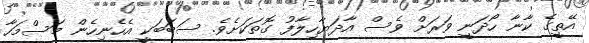
އޭތީގެ ކާނާ ހޯދަނީ ވަރަށް ވެސް އާދަޔާހިލާފު ގޮތަކަށެވެ. ސަބަބަކީ އެހެނިހެން މަސްމަހާ